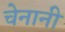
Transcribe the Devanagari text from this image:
चेनानी